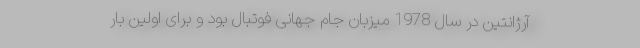
آرژانتین در سال 1978 میزبان جام جهانی فوتبال بود و برای اولین بار